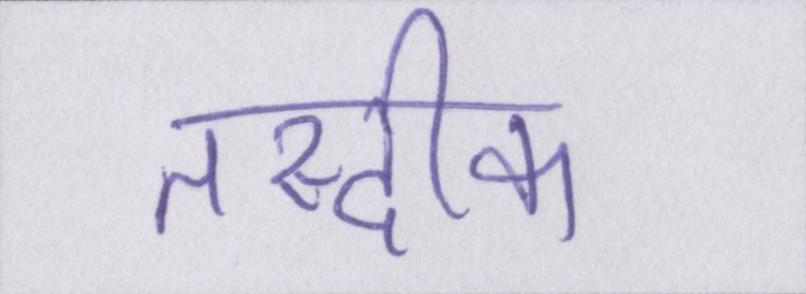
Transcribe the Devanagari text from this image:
तस्दीक